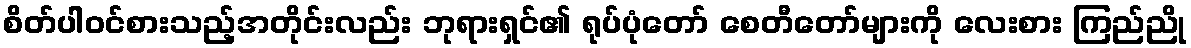
စိတ်ပါဝင်စားသည့်အတိုင်းလည်း ဘုရားရှင်၏ ရုပ်ပုံတော် စေတီတော်များကို လေးစား ကြည်ညို